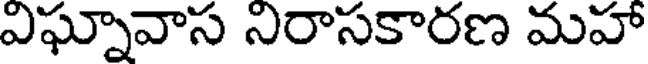
విఘ్నావాస నిరాసకారణ మహా